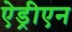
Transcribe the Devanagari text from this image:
ऐड्रीएन